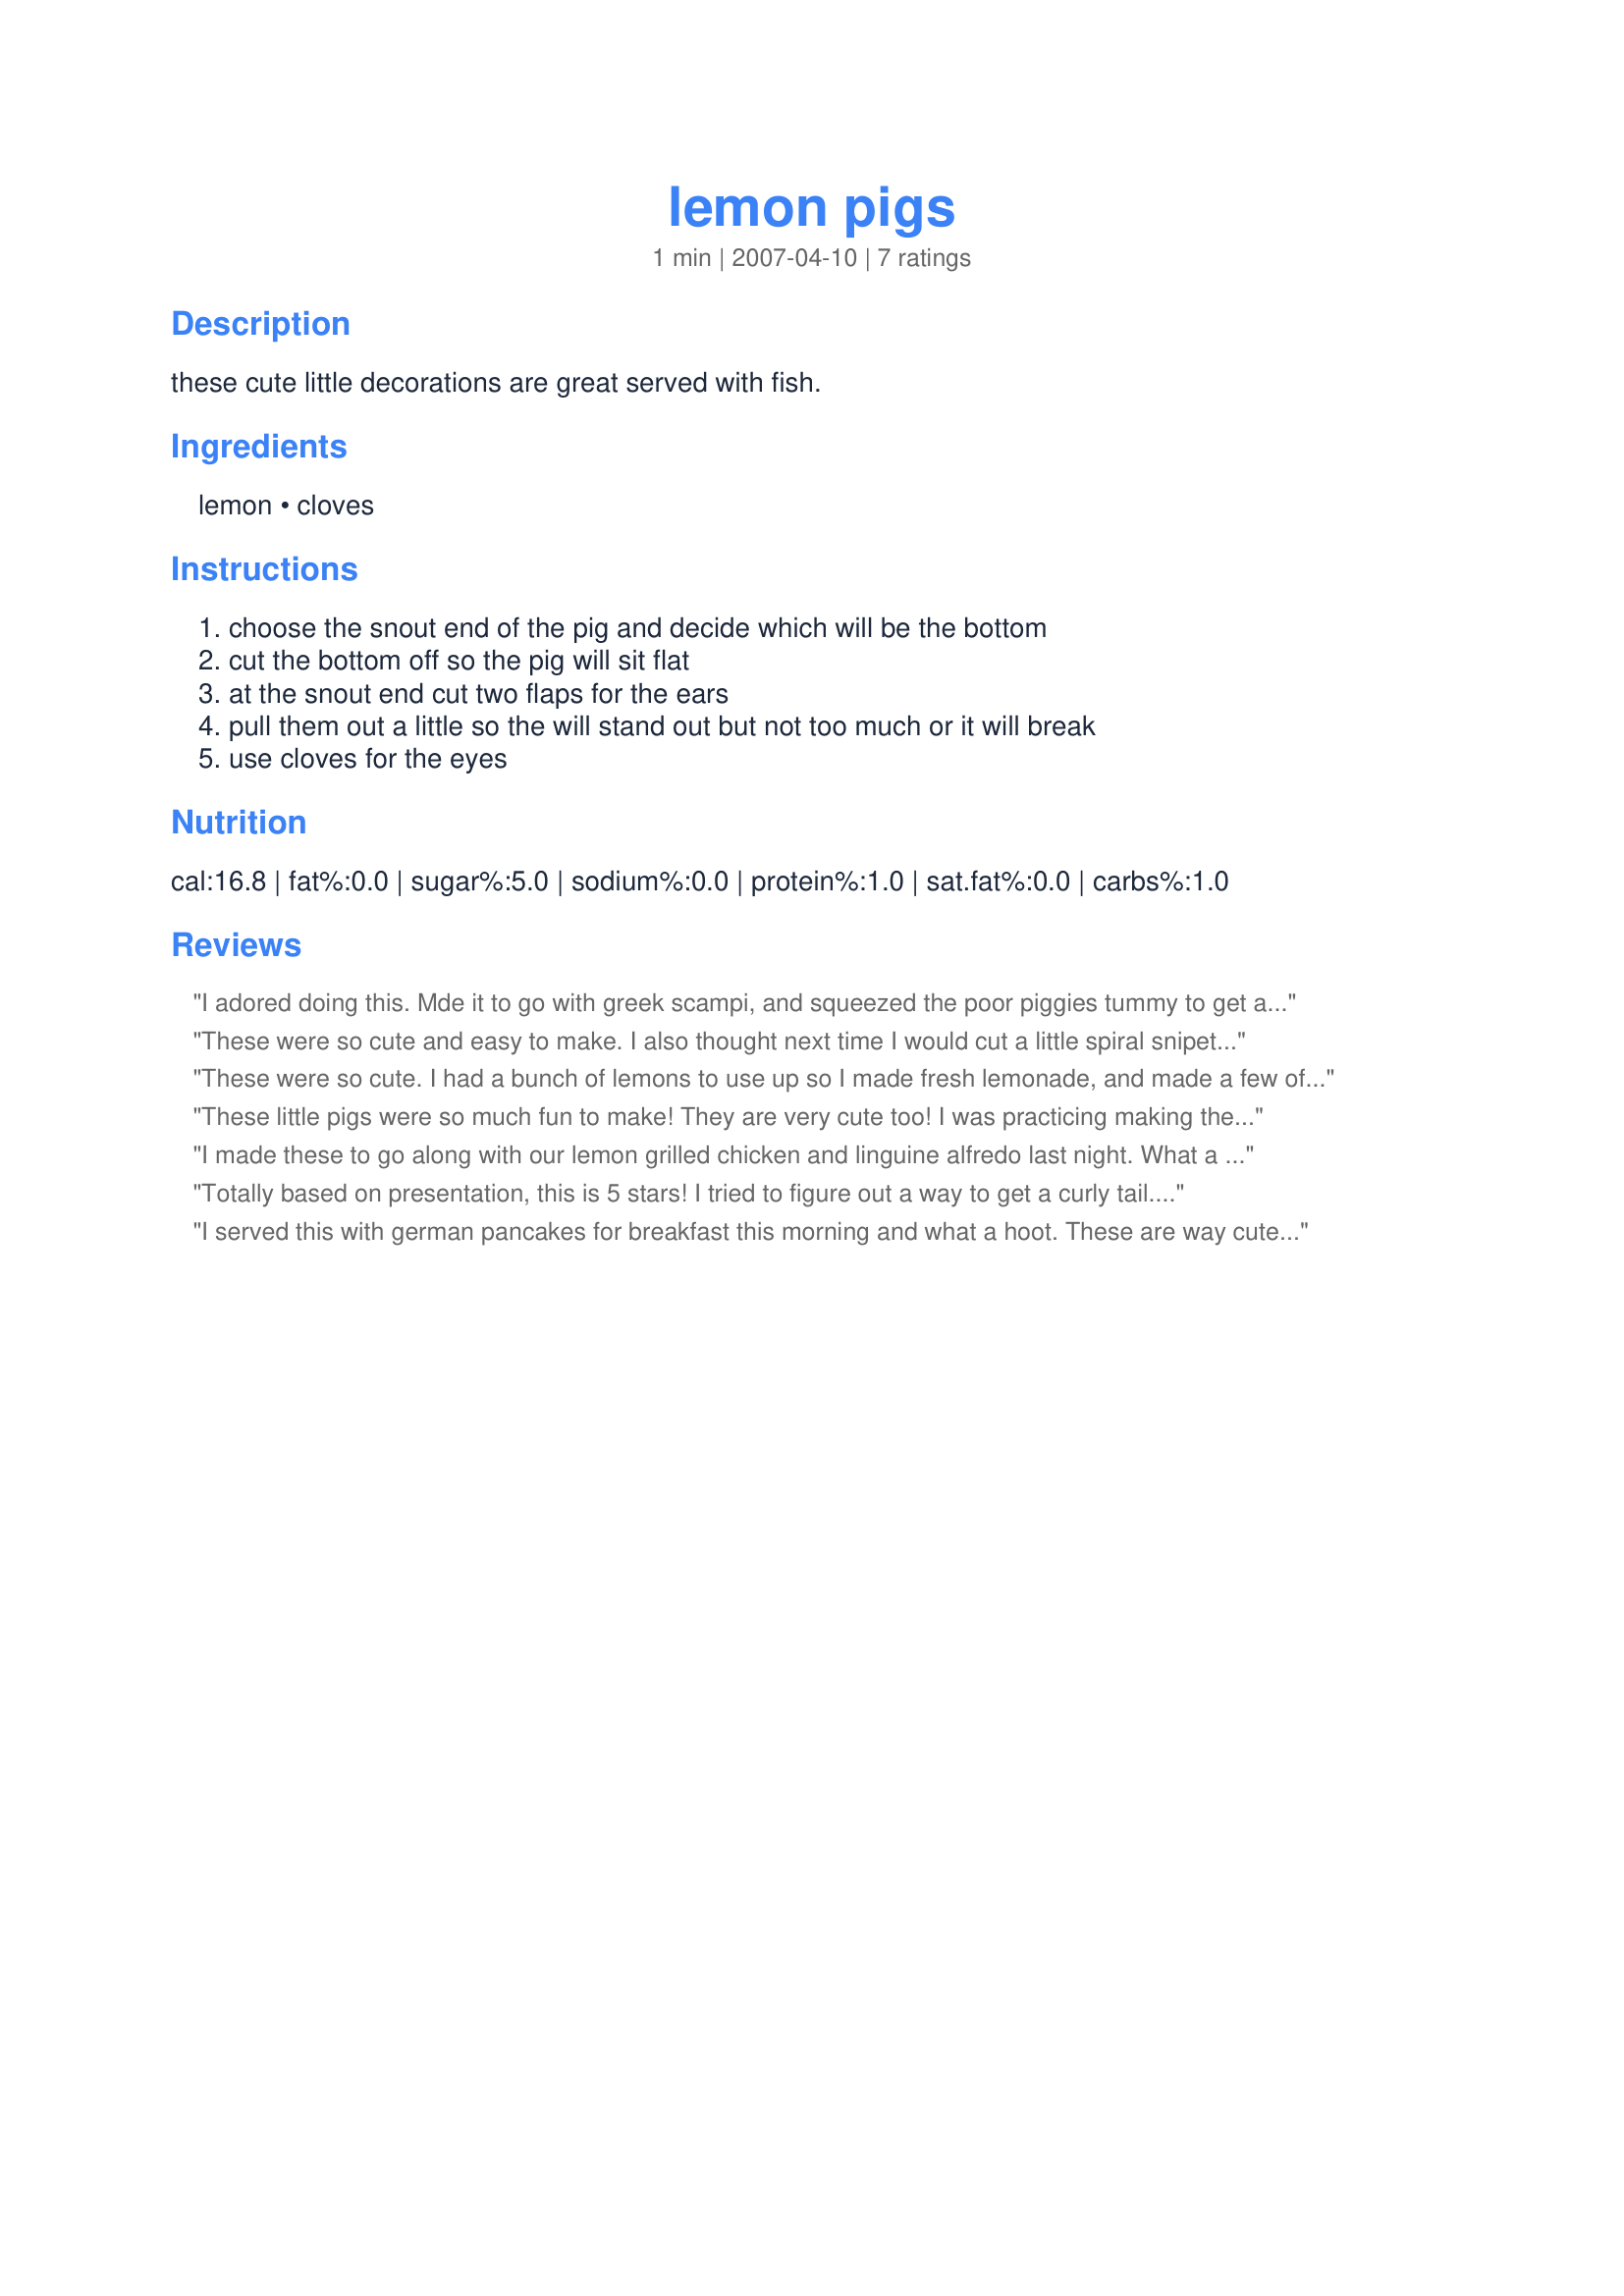
lemon pigs
Preparation time: 1 minutes

these cute little decorations are great served with fish.

Ingredients:
lemon, cloves

Steps:
choose the snout end of the pig and decide which will be the bottom, cut the bottom off so the pig will sit flat, at the snout end cut two flaps for the ears, pull them out a little so the will stand out but not too much or it will break, use cloves for the eyes

Reviews:
I adored doing this. Mde it to go with greek scampi, and squeezed the poor piggies tummy to get a bit of lemon juice over the shrimp :)
These were so cute and easy to make. I also thought next time I would cut a little spiral snipet off the back part for a tail. Adorable!
These were so cute. I had a bunch of lemons to use up so I made fresh lemonade, and made a few of these for decoration.
These little pigs were so much fun to make! They are very cute too! I was practicing making them for Thanksgiving garnishes this year and they turned out cuter than I expected. Thanks for a creative, easy decoration Nyteglori. :-)
I made these to go along with our lemon grilled chicken and linguine alfredo last night. What a cute decoration for our dinner platter, and conversation piece!!! Thanks Nyteglori.
Totally based on presentation, this is 5 stars! I tried to figure out a way to get a curly tail....but my knife skills aren't up to the challenge! Very cute recipe. Had no problem getting the ears to stand up.
I served this with german pancakes for breakfast this morning and what a hoot. These are way cute!! My dh thought it was a mouse ... either way very cute and I will serve these again for my family.
